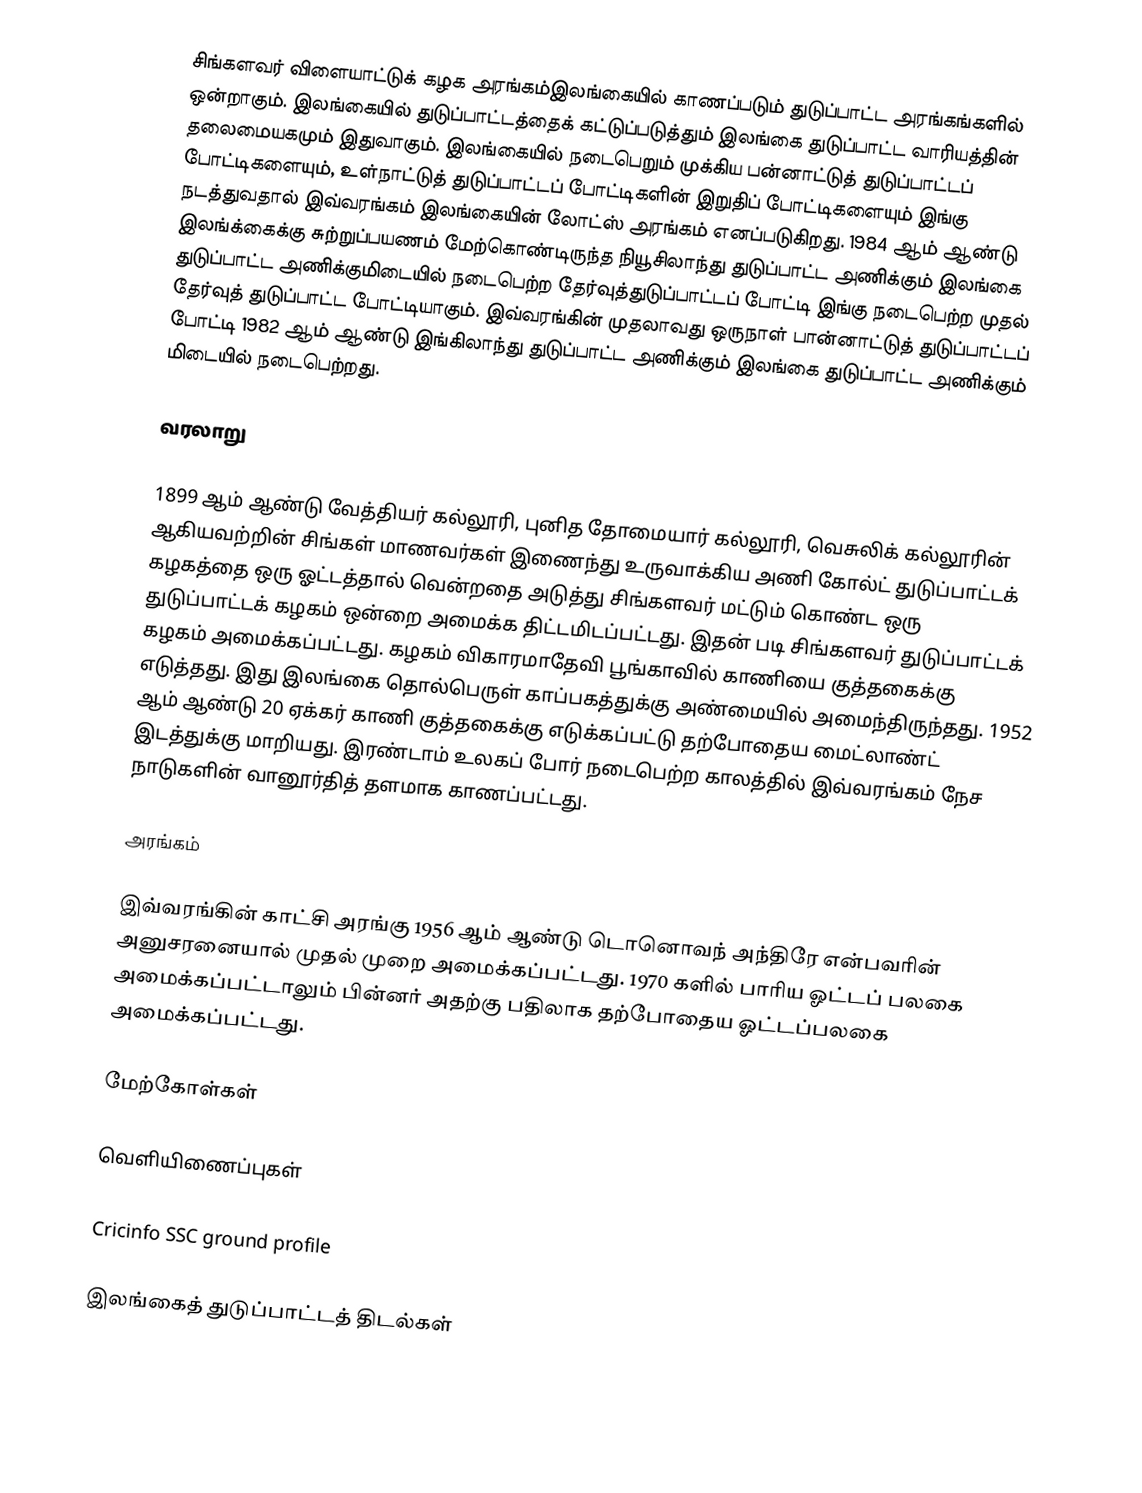
சிங்களவர் விளையாட்டுக் கழக அரங்கம்இலங்கையில் காணப்படும் துடுப்பாட்ட அரங்கங்களில் ஒன்றாகும். இலங்கையில் துடுப்பாட்டத்தைக் கட்டுப்படுத்தும் இலங்கை துடுப்பாட்ட வாரியத்தின் தலைமையகமும் இதுவாகும். இலங்கையில் நடைபெறும் முக்கிய பன்னாட்டுத் துடுப்பாட்டப் போட்டிகளையும், உள்நாட்டுத் துடுப்பாட்டப் போட்டிகளின் இறுதிப் போட்டிகளையும் இங்கு நடத்துவதால் இவ்வரங்கம் இலங்கையின் லோட்ஸ்  அரங்கம் எனப்படுகிறது. 1984 ஆம் ஆண்டு இலங்க்கைக்கு சுற்றுப்பயணம் மேற்கொண்டிருந்த நியூசிலாந்து துடுப்பாட்ட அணிக்கும் இலங்கை துடுப்பாட்ட அணிக்குமிடையில் நடைபெற்ற தேர்வுத்துடுப்பாட்டப் போட்டி இங்கு நடைபெற்ற முதல் தேர்வுத் துடுப்பாட்ட போட்டியாகும். இவ்வரங்கின் முதலாவது ஒருநாள் பான்னாட்டுத் துடுப்பாட்டப் போட்டி 1982 ஆம் ஆண்டு இங்கிலாந்து துடுப்பாட்ட அணிக்கும் இலங்கை துடுப்பாட்ட அணிக்கும் மிடையில் நடைபெற்றது.

வரலாறு

1899 ஆம் ஆண்டு வேத்தியர் கல்லூரி, புனித தோமையார் கல்லூரி, வெசுலிக் கல்லூரின் ஆகியவற்றின் சிங்கள் மாணவர்கள் இணைந்து உருவாக்கிய அணி கோல்ட் துடுப்பாட்டக் கழகத்தை ஒரு ஓட்டத்தால் வென்றதை அடுத்து சிங்களவர் மட்டும் கொண்ட ஒரு துடுப்பாட்டக் கழகம் ஒன்றை அமைக்க திட்டமிடப்பட்டது. இதன் படி சிங்களவர் துடுப்பாட்டக் கழகம் அமைக்கப்பட்டது. கழகம் விகாரமாதேவி பூங்காவில் காணியை குத்தகைக்கு எடுத்தது. இது இலங்கை தொல்பெருள் காப்பகத்துக்கு அண்மையில் அமைந்திருந்தது. 1952 ஆம் ஆண்டு 20 ஏக்கர் காணி குத்தகைக்கு எடுக்கப்பட்டு தற்போதைய மைட்லாண்ட் இடத்துக்கு மாறியது. இரண்டாம் உலகப் போர் நடைபெற்ற காலத்தில் இவ்வரங்கம் நேச நாடுகளின் வானூர்தித் தளமாக காணப்பட்டது.

அரங்கம்

இவ்வரங்கின் காட்சி அரங்கு 1956 ஆம் ஆண்டு டொனொவந் அந்திரே என்பவரின் அனுசரனையால் முதல் முறை அமைக்கப்பட்டது. 1970 களில் பாரிய ஓட்டப் பலகை அமைக்கப்பட்டாலும் பின்னர் அதற்கு பதிலாக தற்போதைய ஓட்டப்பலகை அமைக்கப்பட்டது.

மேற்கோள்கள்

வெளியிணைப்புகள்

 Cricinfo SSC ground profile

இலங்கைத் துடுப்பாட்டத் திடல்கள்